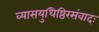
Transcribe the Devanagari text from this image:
व्यासयुधिष्ठिरसंवादः